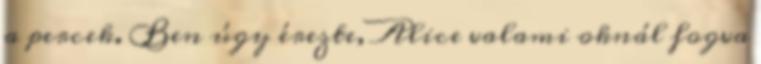
a percek. Ben úgy érezte, Alice valami oknál fogva